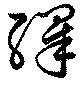
繹